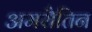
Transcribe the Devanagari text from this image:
अमरौतिन